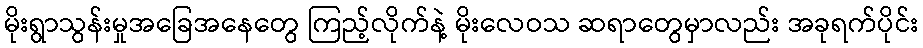
မိုးရွာသွန်းမှုအခြေအနေတွေ ကြည့်လိုက်နဲ့ မိုးလေဝသ ဆရာတွေမှာလည်း အခုရက်ပိုင်း